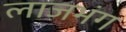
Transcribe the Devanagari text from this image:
लाजभंग